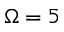
\Omega = 5